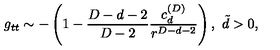
g _ { t t } \sim - \left( 1 - { \frac { D - d - 2 } { D - 2 } } { \frac { c _ { d } ^ { ( D ) } } { r ^ { D - d - 2 } } } \right) , \ \tilde { d } > 0 ,